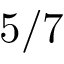
5 / 7